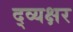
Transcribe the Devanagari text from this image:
द्व्यक्षर